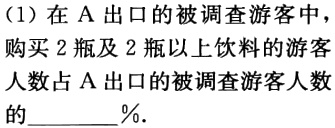
(1)在A出口的被调查游客中，购买2瓶及2瓶以上饮料的游客人数占A出口的被调查游客人数的______%.